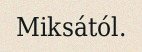
Miksától.